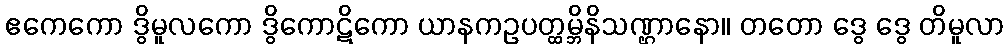
ဧကေကော ဒွိမူလကော ဒွိကောဋိကော ယာနကဥပတ္ထမ္ဘိနိသဏ္ဌာနော။ တတော ဒွေ ဒွေ တိမူလာ